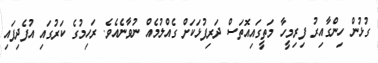
ގުޅުން ހިންގާއިރު ފިރިމީހާ މަތީގައިއޮތަސް ދަރިފުޅަކަށް ގެއްލުމެއް ނުވާނެއެވެ. ރަހިމުގެ ކަރުގައި އުފެދިފައި